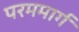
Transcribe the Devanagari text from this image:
परममार्ग